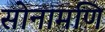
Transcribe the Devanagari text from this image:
सोनामणि